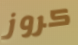
كروز